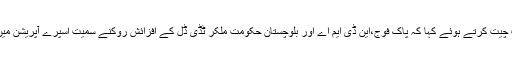
صوبائی وزیر زراعت زمرک خان اچکزئی نے 92 نیوزسے بات چیت کرتے ہوئے کہا کہ پاک فوج،این ڈی ایم اے اور بلوچستان حکومت ملکر ٹڈی ڈل کے افزائش روکنے سمیت اسپرے آپریشن میں مصروف عمل ہے چائنہ سے بھی بوم اسپرے حاصل کرلیا ہے ۔